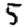
Digit: 5